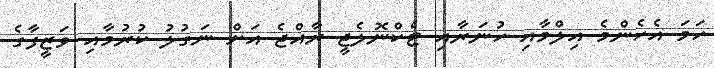
ހަމަ އެހެންމެ އިލްމާއި ހުނަރާއި ޓެކްނޮލެޖީ ރާއްޖެ އަށް ނަގުލު ކުރުމާއި ވަޒީފާގެ